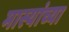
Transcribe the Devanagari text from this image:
मास्यांच्या